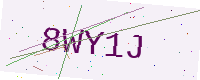
Text: 8WY1J